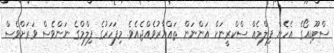
ސްޓޫޑިއޯގެ އެހެން ފިލްމެއް ސްކްރީނަށް އަންނަން ތައްޔާރުވެއްޖެއެވެ. މިފަހަރުގެ ފިލްމްގެ ނަންވެސް ވަރަށްވެސް